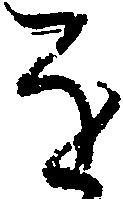
を